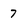
Character: 7